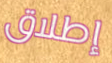
إطلاق